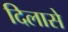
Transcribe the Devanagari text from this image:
दिलासे